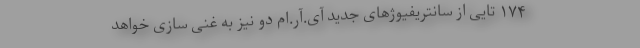
۱۷۴ تایی از سانتریفیوژهای جدید آی.آر.ام دو نیز به غنی سازی خواهد